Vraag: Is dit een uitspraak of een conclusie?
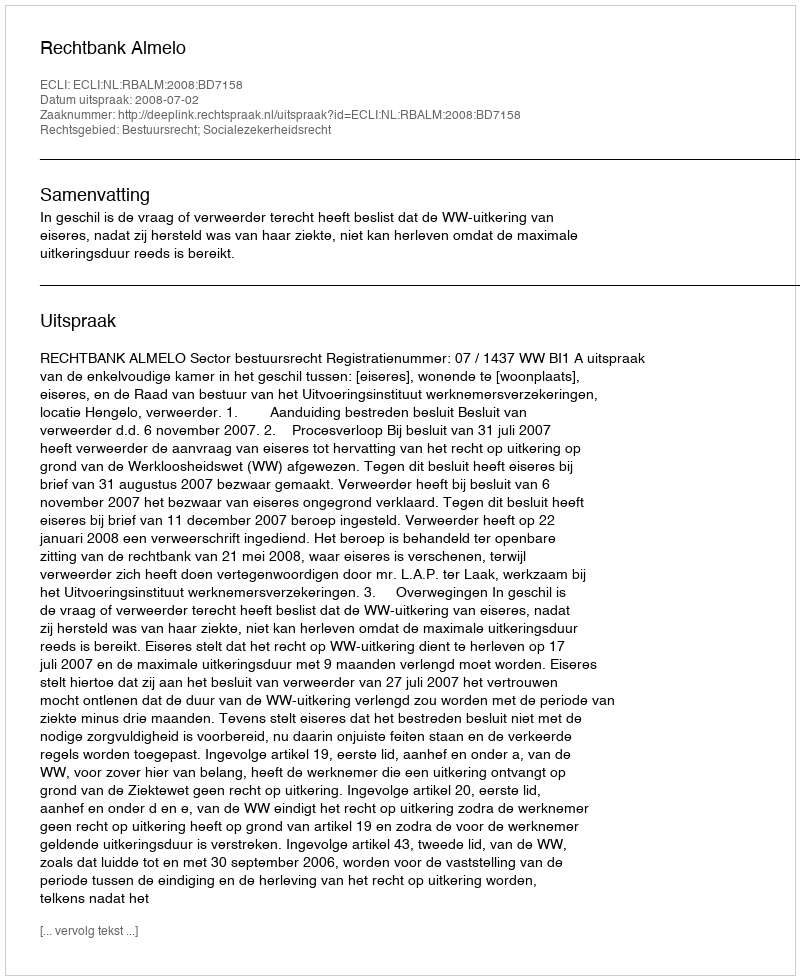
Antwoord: Uitspraak